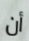
أن